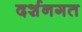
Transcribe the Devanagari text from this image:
दर्शनगत